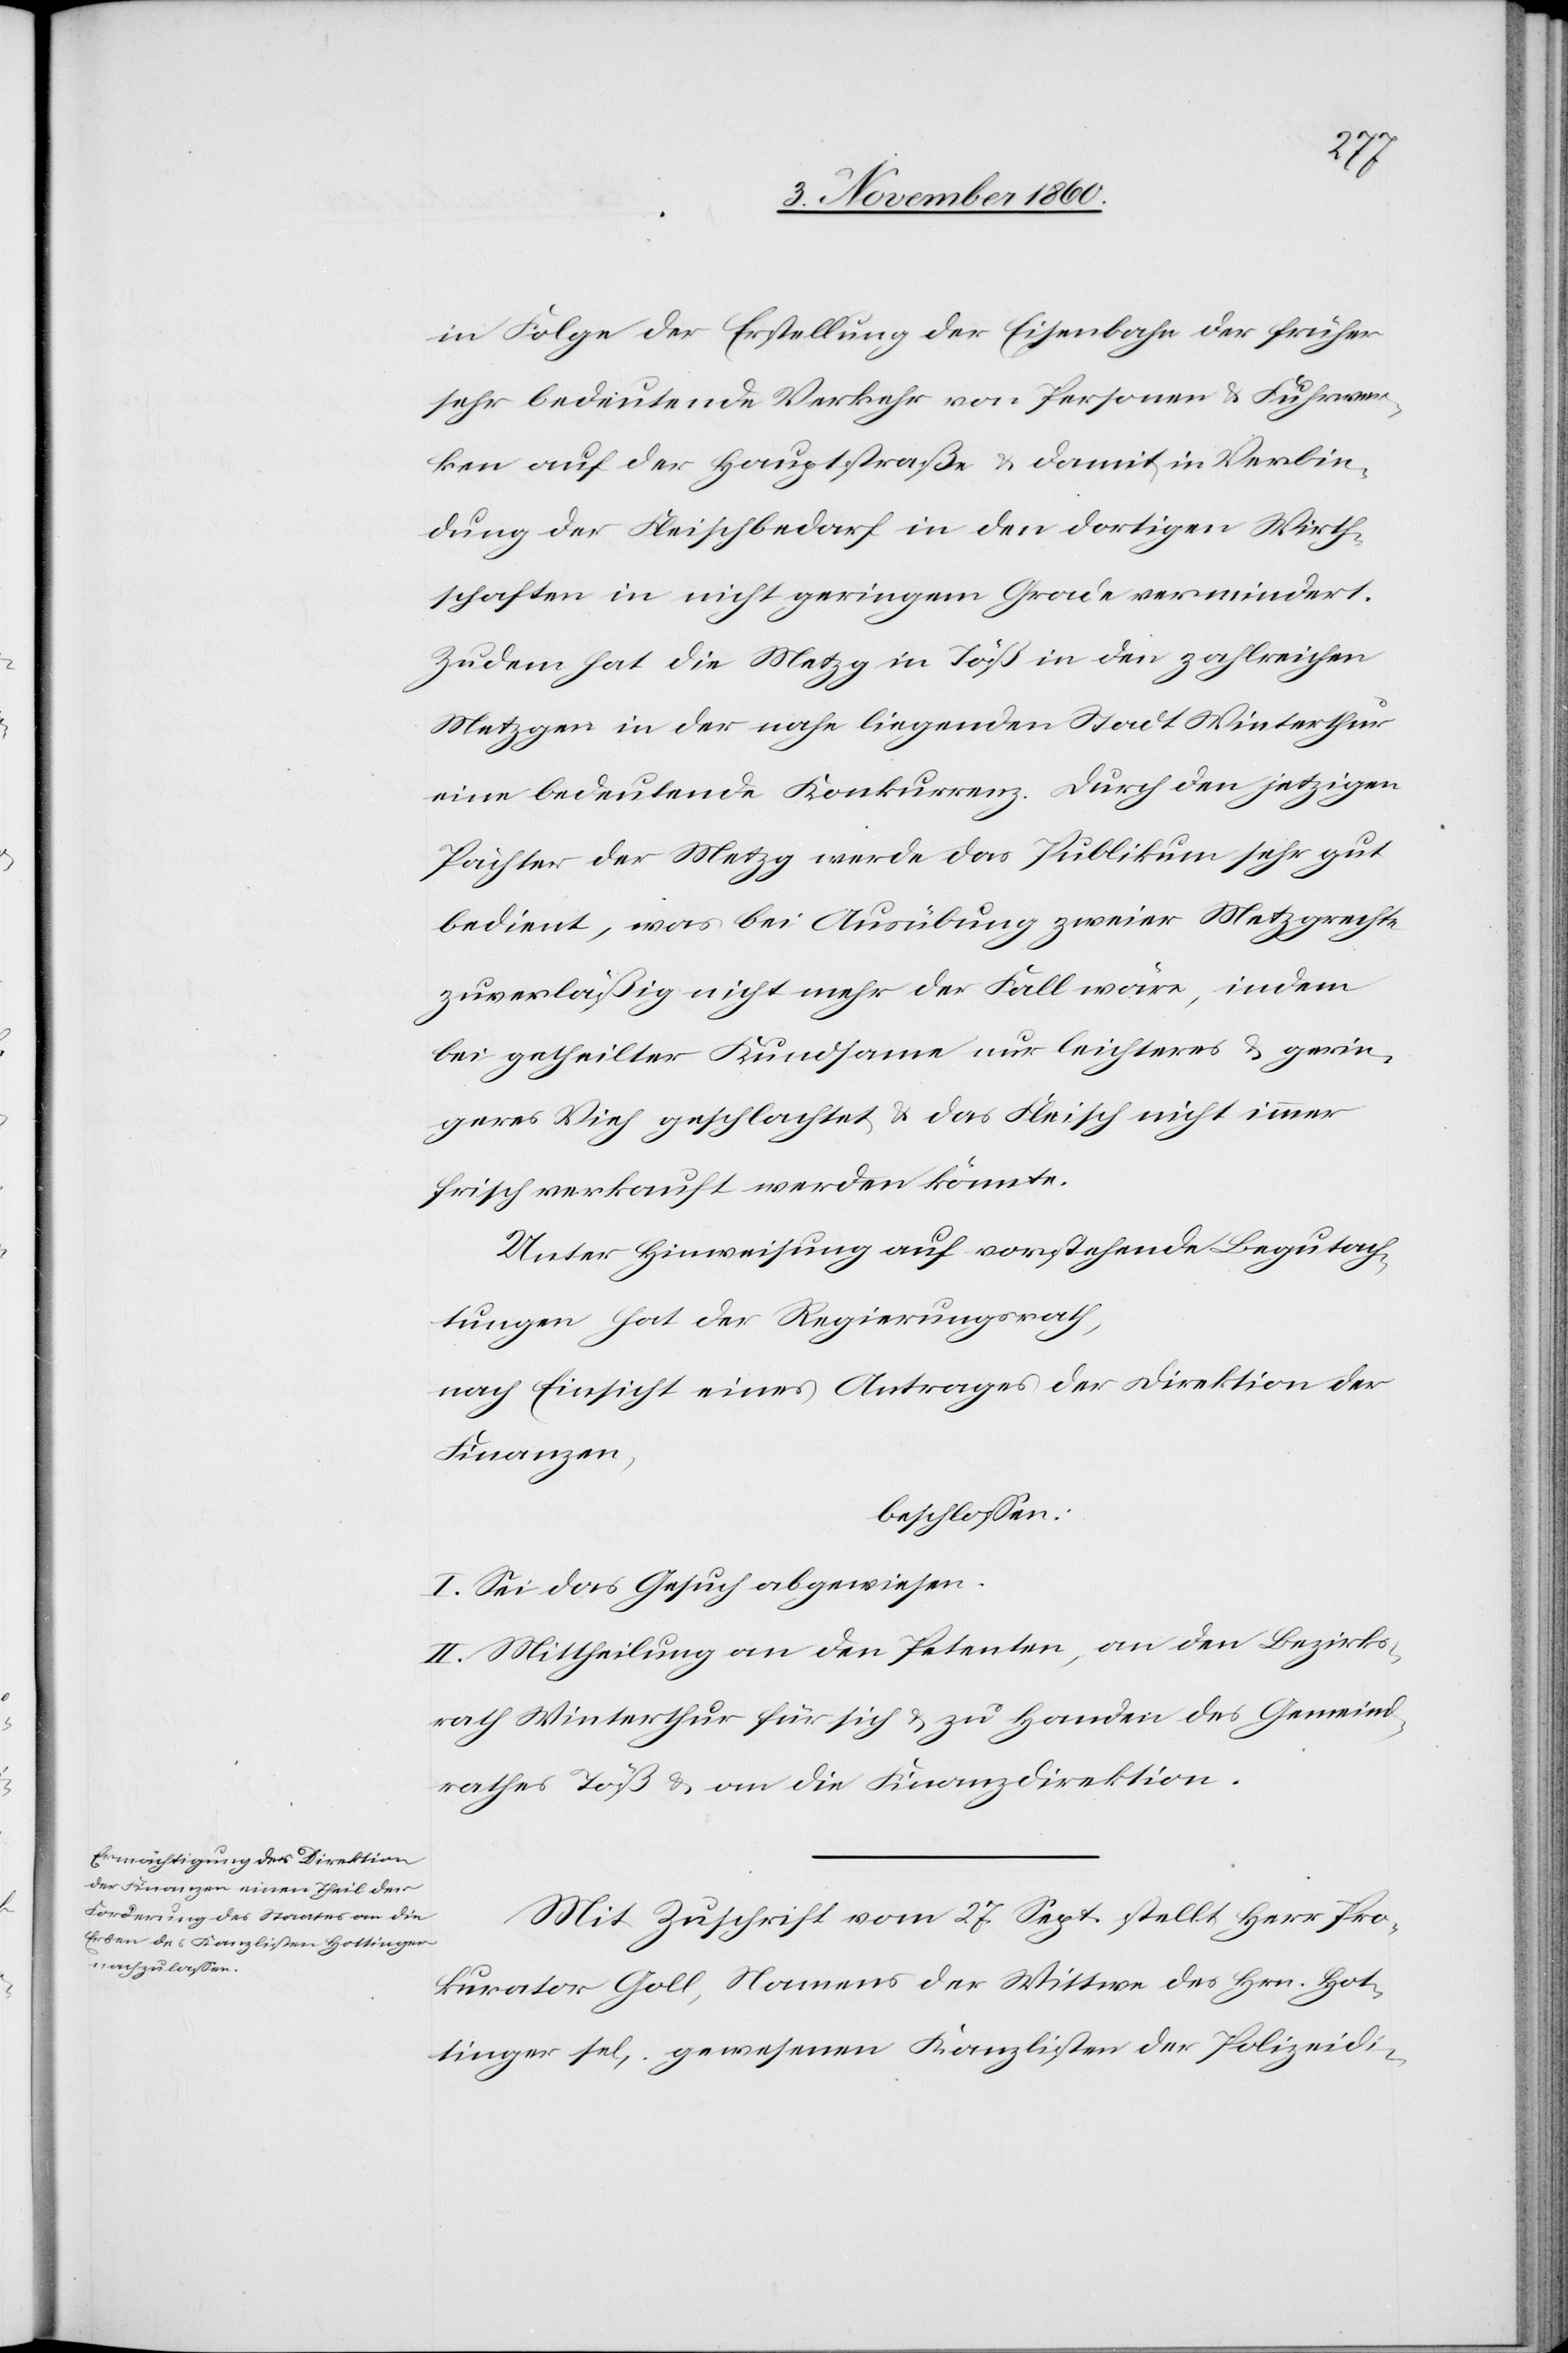
in Folge der Erstellung der Eisenbahn der früher
sehr bedeutende Verkehr von Personen u. Fuhrwer¬
ken auf der Hauptstraße u. damit in Verbin¬
dung der Fleischbedarf in den dortigen Wirth¬
schaften in nicht geringem Grade vermindert.
Zudem hat die Metzg in Töß in den zahlreichen
Metzgen in der nahe liegenden Stadt Winterthur
eine bedeutende Konkurrenz. Durch den jetzigen
Pächter der Metzg werde das Publikum sehr gut
bedient, was bei Ausübung zweier Metzgrechte
zuverläßig nicht mehr der Fall wäre, indem
bei getheilter Kundsame nur leichteres u. gerin¬
geres Vieh geschlachtet u. das Fleisch nicht immer
frisch verkauft werden könnte.
Unter Hinweisung auf vorstehende Begutach¬
tung hat der Regierungsrath,
nach Einsicht eines Antrages der Direktion der
Finanzen,
beschlossen:
I. Sei das Gesuch abgewiesen.
II. Mittheilung an den Petenten, an den Bezirks¬
rath Winterthur für sich u. zu Handen des Gemeind¬
rathes Töß u. an die Finanzdirektion.
Mit Zuschrift vom 27. Sept. stellt Herr Pro¬
kurator Goll, Namens der Wittwe des Hrn. Hot¬
tinger sel, gewesenen Kanzlisten der Polizeidi-